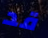
قد